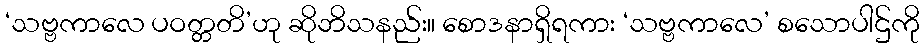
‘သဗ္ဗကာလေ ပဝတ္တတိ’ဟု ဆိုဘိသနည်း။ စောဒနာရှိရကား ‘သဗ္ဗကာလေ’ စသောပါဌ်ကို